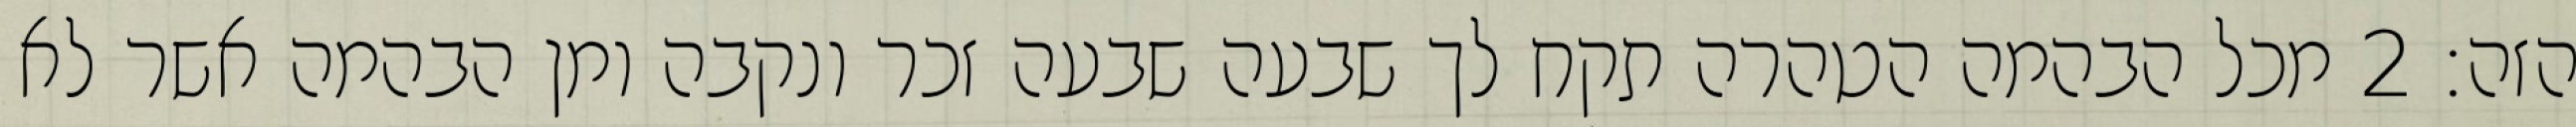
הזה׃ ‎2‏ מכל הבהמה הטהרה תקח לך שבעה שבעה זכר ונקבה ומן הבהמה אשר לא